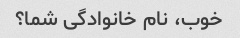
خوب، نام خانوادگی شما؟